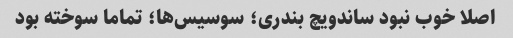
اصلا خوب نبود ساندویچ بندری؛ سوسیس‌ها؛ تماما سوخته بود